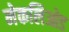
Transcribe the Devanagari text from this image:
मेकलिओड